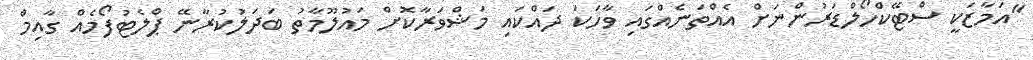
"އަމާޒަކީ ސްޓޭކްހޯލްޑަރުންނަށް އެއްތަނެއްގައި ވާހަކަ ދައްކައި މަޝްވަރާކޮށް މައުލޫމާތު ބަދަލުކުރާނޭ ޕްލެޓުފޯމެއް ގާއިމް